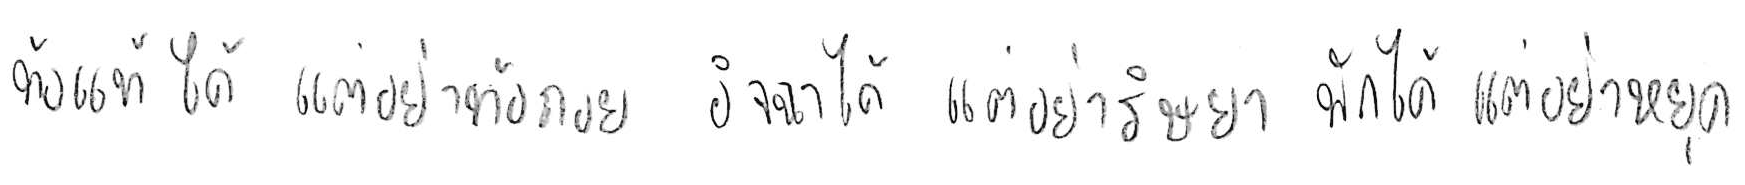
ท้อแท้ได้ แต่อย่าท้อถอย อิจฉาได้ แต่อย่าริษยา พักได้ แต่อย่าหยุด